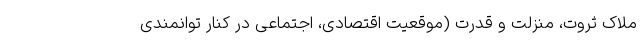
ملاک ثروت، منزلت و قدرت (موقعیت اقتصادی، اجتماعی در کنار توانمندی